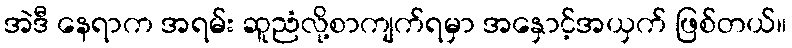
အဲဒီ နေရာက အရမ်း ဆူညံလို့စာကျက်ရမှာ အနှောင့်အယှက် ဖြစ်တယ်။